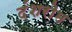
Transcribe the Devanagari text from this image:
दंशरोम